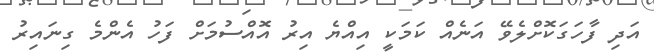
އަދި ފާހަގަކޮށްލެވޭ އަނެއް ކަމަކީ އިއްޔެ އިރު އޮއްސުމަށް ފަހު އެންމެ ގިނައިރު